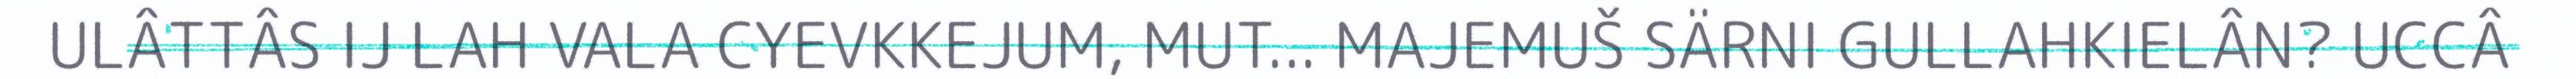
ULÂTTÂS IJ LAH VALA CYEVKKEJUM, MUT... MAJEMUŠ SÄRNI GULLAHKIELÂN? UCCÂ